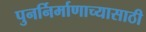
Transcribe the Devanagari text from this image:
पुनर्निर्माणाच्यासाठी